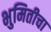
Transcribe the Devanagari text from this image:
भुमितीचा